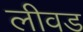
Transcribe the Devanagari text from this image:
लीवड